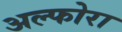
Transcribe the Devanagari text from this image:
अल्फोरा